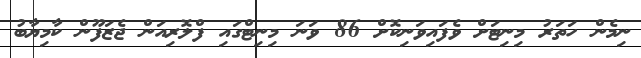
ނިމެން ހަތަރު މިނިޓަށް ވެފައިވަނިކޮށް 86 ވަނަ މިނިޓްގައި ފްލޮރިއަން ޖެޒަފޫން ކާމިޔާބު